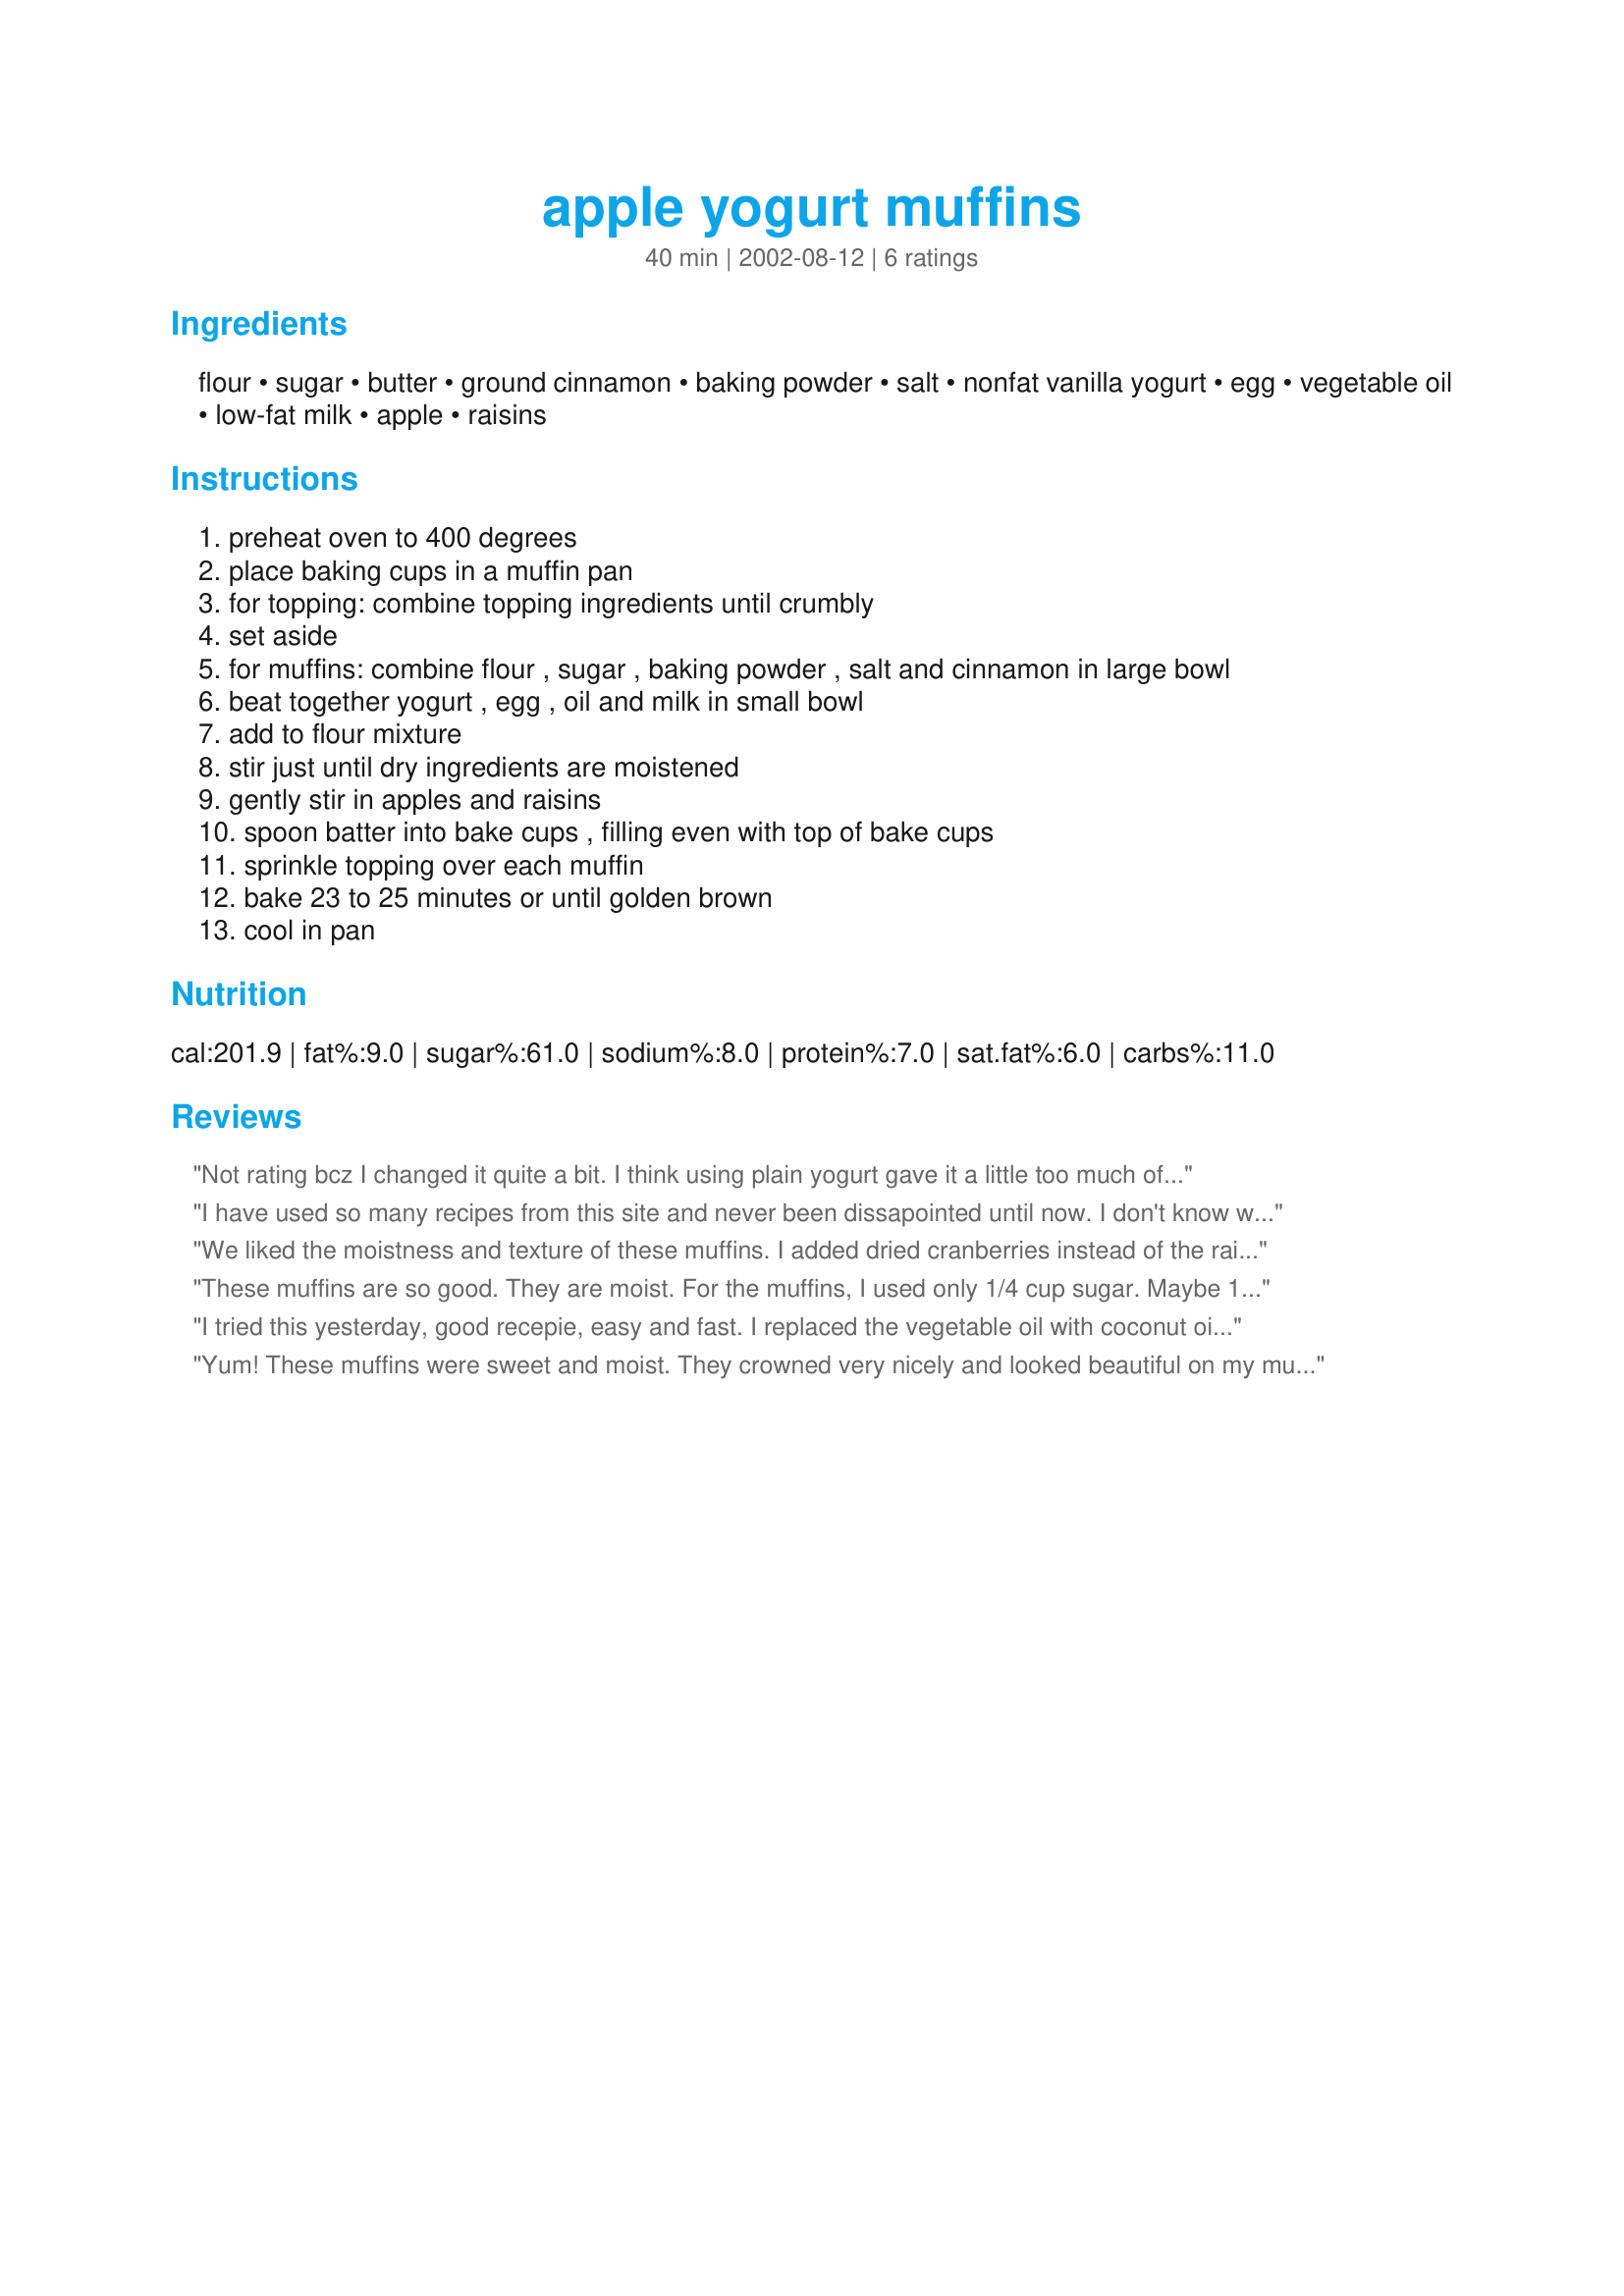
apple yogurt muffins
Preparation time: 40 minutes

Ingredients:
flour, sugar, butter, ground cinnamon, baking powder, salt, nonfat vanilla yogurt, egg, vegetable oil, low-fat milk, apple, raisins

Steps:
preheat oven to 400 degrees
place baking cups in a muffin pan
for topping: combine topping ingredients until crumbly
set aside
for muffins: combine flour , sugar , baking powder , salt and cinnamon in large bowl
beat together yogurt , egg , oil and milk in small bowl
add to flour mixture
stir just until dry ingredients are moistened
gently stir in apples and raisins
spoon batter into bake cups , filling even with top of bake cups
sprinkle topping over each muffin
bake 23 to 25 minutes or until golden brown
cool in pan

Reviews:
Not rating bcz I changed it quite a bit. I think using plain yogurt gave it a little too much of a tangy flavor, but otherwise, here's what I did: I used w.w. pastry flour, Sucanat, olive oil (would use canola next time) and added 2 T protein powder and some flax and oat bran. After mixing ingredients, it was SO dry that I decided to put 3/4 C applesauce instead of apples. That helped and it made 16 muffins. Usu. my w.w. muffins don't rise much. These rose and had a beautiful crackle appearance. Next time I will use the vanilla yogurt, canola oil and add the topping. They did taste good once you put some butter on. Thanks!
I have used so many recipes from this site and never been dissapointed until now. I don't know what about the recipe was off, but the batter was really thick and the texture was off when they were done.
We liked the moistness and texture of these muffins. I added
dried cranberries instead of the raisins and topped them with a cinnamon-sugar mixture.
These muffins are so good. They are moist. For the muffins, I used only 1/4 cup sugar. Maybe 1 cup of chopped apples. I used plain yogurt cause that's what I had. Thanks Charlotte :) Made for 123 hit wonders.
I tried this yesterday, good recepie, easy and fast. I replaced the vegetable oil with coconut oil and left out cinnamon, cause hubby doesnt like it. The coconut oil gives it an amazing smell, try it out!
Yum! These muffins were sweet and moist. They crowned very nicely and looked beautiful on my muffin tray. Thanks for this recipe, Charlotte!
